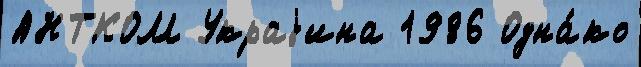
АНТКОМ Украjина 1986 Одна́ко